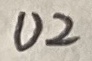
Text: U2